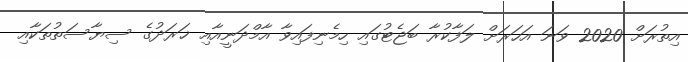
އިތުރަށް 2020 ވަނަ އަހަރަށް ލަފާކުރާ ބަޖެޓުގައި ހިމެނިފައިވާ އާމްދަނީއާއި ޚަރަދުގެ ސިޔާސަތުތަކާއި